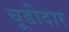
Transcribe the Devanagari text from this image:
चूडीदार